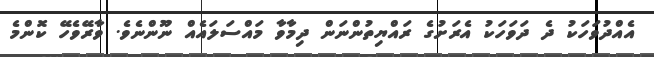
އެއްދުވަހަކު ދެ ދަވަހަކު އެރަށުގެ ރައްޔިތުންނަން ދިމާވާ މައްސަލައެއް ނޫންނެވެ. ވާރޭވެހޭ ކޮންމެ